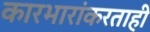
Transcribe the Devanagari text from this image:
कारभारांकरताही